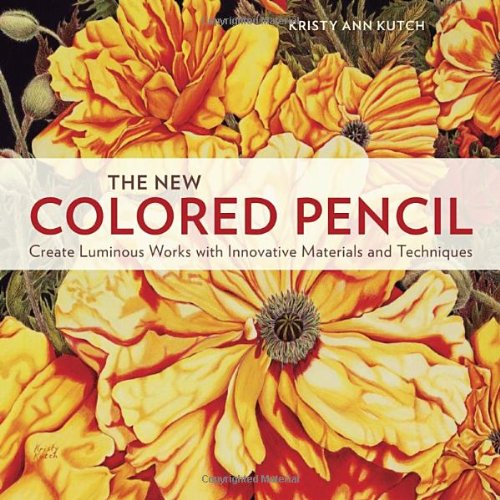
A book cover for The New Colored Pencil: Create Luminous Works with Innovative Materials and Techniques; Kristy Ann Kutch; Arts & Photography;